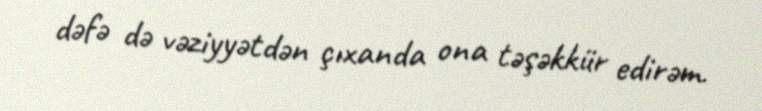
dəfə də vəziyyətdən çıxanda ona təşəkkür edirəm.